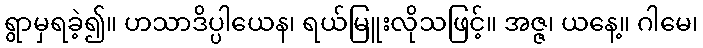
ရွာမှရခဲ့၍။ ဟသာဒိပ္ပါယေန၊ ရယ်မြူးလိုသဖြင့်။ အဇ္ဇ၊ ယနေ့။ ဂါမေ၊